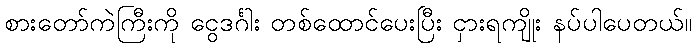
စားတော်ကဲကြီးကို ငွေဒင်္ဂါး တစ်ထောင်ပေးပြီး ငှားရကျိုး နပ်ပါပေတယ်။